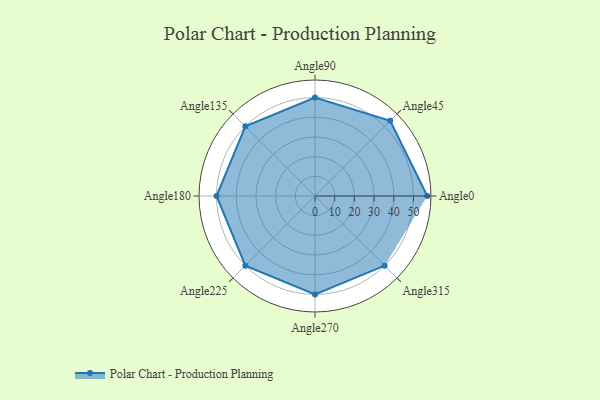
{"axis": {"x": "Angle", "y": "Radius"}, "legend": [""], "data": [{"x": "Angle0", "y": 57.0, "type": ""}, {"x": "Angle45", "y": 54.0, "type": ""}, {"x": "Angle90", "y": 50.0, "type": ""}, {"x": "Angle135", "y": 50.0, "type": ""}, {"x": "Angle180", "y": 50, "type": ""}, {"x": "Angle225", "y": 50, "type": ""}, {"x": "Angle270", "y": 50, "type": ""}, {"x": "Angle315", "y": 50, "type": ""}]}